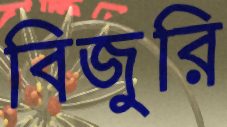
বিজুরি